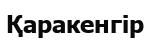
Қаракенгір